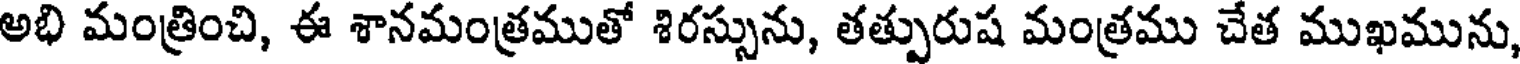
అభి మంత్రించి, ఈ శానమంత్రముతో శిరస్సును, తత్పురుష మంత్రము చేత ముఖమును,